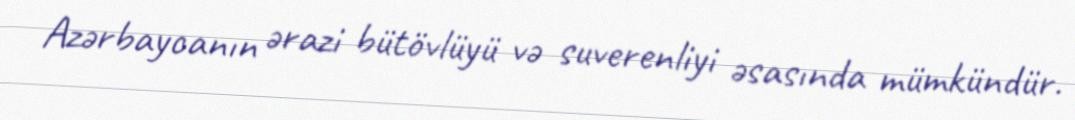
Azərbaycanın ərazi bütövlüyü və suverenliyi əsasında mümkündür.